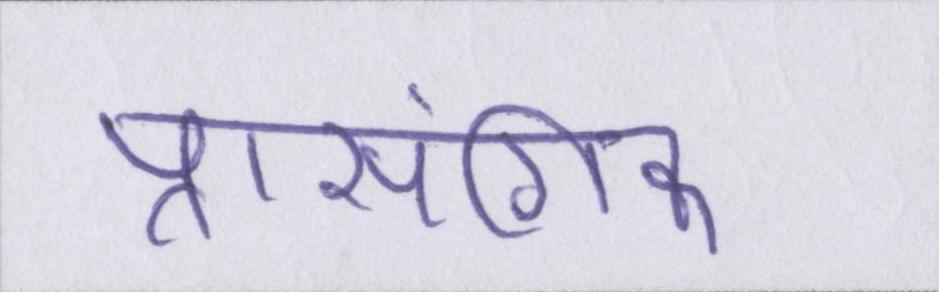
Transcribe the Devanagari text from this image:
प्रासंगिक